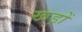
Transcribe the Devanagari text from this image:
खड़ों